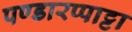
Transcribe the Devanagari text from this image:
पण्डारप्पाट्टा